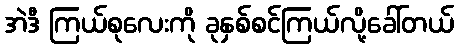
အဲဒီ ကြယ်စုလေးကို ခုနှစ်စင်ကြယ်လို့ခေါ်တယ်